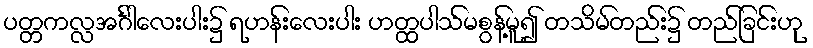
ပတ္တကလ္လအင်္ဂါလေးပါး၌ ရဟန်းလေးပါး ဟတ္ထပါသ်မစွန့်မူ၍ တသိမ်တည်း၌ တည်ခြင်းဟု